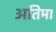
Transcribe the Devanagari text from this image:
अतिमा